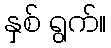
နှစ် ရွက်။